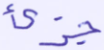
جزئ